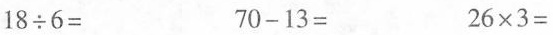
$$1 8 \div 6 =$$ $$7 0 - 1 3 =$$ $$2 6 \times 3 =$$